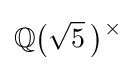
\mathbb {Q} {\bigl (}{\sqrt {5}}~\!{\bigr )}{\vphantom {)}}^{~\!\!\times }